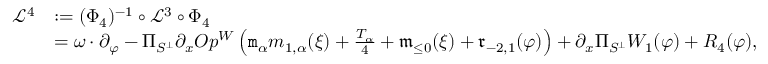
\begin{array} { r l } { \mathcal { L } ^ { 4 } } & { : = ( \Phi _ { 4 } ) ^ { - 1 } \circ \mathcal { L } ^ { 3 } \circ \Phi _ { 4 } } \\ & { = \omega \cdot \partial _ { \varphi } - \Pi _ { S ^ { \perp } } \partial _ { x } O p ^ { W } \left( \mathtt { m } _ { \alpha } m _ { 1 , \alpha } ( \xi ) + \frac { T _ { \alpha } } 4 + \mathfrak { m } _ { \le 0 } ( \xi ) + \mathfrak { r } _ { - 2 , 1 } ( \varphi ) \right) + \partial _ { x } \Pi _ { S ^ { \perp } } W _ { 1 } ( \varphi ) + R _ { 4 } ( \varphi ) , } \end{array}